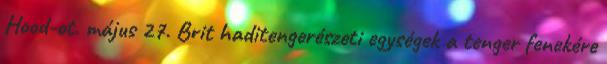
Hood-ot. május 27. Brit haditengerészeti egységek a tenger fenekére